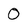
Character: 0